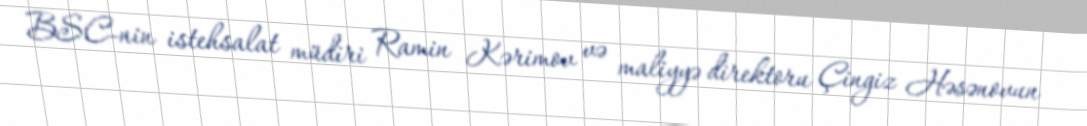
BSC-nin istehsalat müdiri Ramin Kərimov və maliyyə direktoru Çingiz Həsənovun